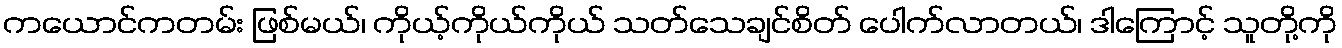
ကယောင်ကတမ်း ဖြစ်မယ်၊ ကိုယ့်ကိုယ်ကိုယ် သတ်သေချင်စိတ် ပေါက်လာတယ်၊ ဒါကြောင့် သူတို့ကို